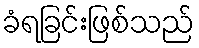
ခံရခြင်းဖြစ်သည်